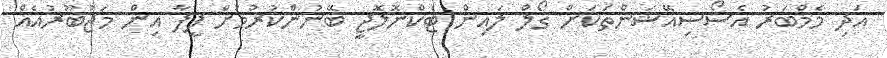
އަދި މެމްބަރު އެސޯސިއޭޝަންތަކަށް ގޯލް ލައިން ޓެކްނޮލޮޖީ ބޭނުންކުރުމަށް ފީފާ އިން މަޖުބޫރުއެއް